Annual report of the Imperial Bacteriologist
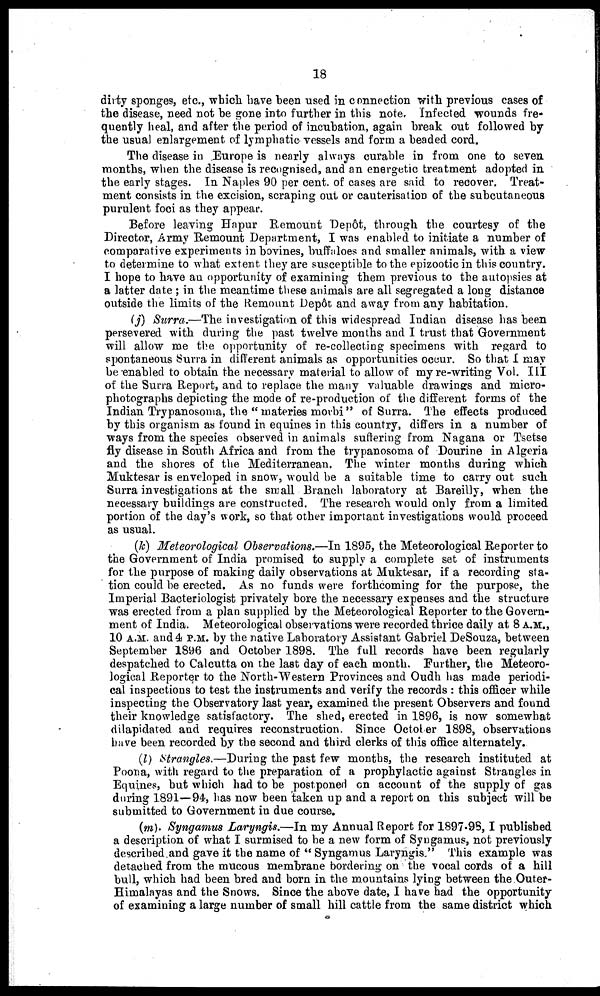
18
dirty sponges, etc., which have been used in connection with previous cases of
the disease, need not be gone into further in this note. Infected wounds fre-
quently heal, and after the period of incubation, again break out followed by
the usual enlargement of lymphatic vessels and form a beaded cord.
The disease in Europe is nearly always curable in from one to seven
months, when the disease is recognised, and an energetic treatment adopted in
the early stages. In Naples 90 per cent. of cases are said to recover. Treat-
ment consists in the excision, scraping out or cauterisation of the subcutaneous
purulent foci as they appear.
Before leaving Hapur Remount Depôt, through the courtesy of the
Director, Army Remount Department, I was enabled to initiate a number of
comparative experiments in bovines, buffaloes and smaller animals, with a view
to determine to what extent they are susceptible to the epizootic in this country.
I hope to have an opportunity of examining them previous to the autopsies at
a latter date ; in the meantime these animals are all segregated a long distance
outside the limits of the Remount Depôt and away from any habitation.
(j) Surra.—The investigation of this widespread Indian disease has been
persevered with during the past twelve months and I trust that Government
will allow me the opportunity of re-collecting specimens with regard to
spontaneous Surra in different animals as opportunities occur. So that I may
be enabled to obtain the necessary material to allow of my re-writing Vol. III
of the Surra Report, and to replace the many valuable drawings and micro-
photographs depicting the mode of re-production of the different forms of the
Indian Trypanosoma, the "materies morbi" of Surra. The effects produced
by this organism as found in equines in this country, differs in a number of
ways from the species observed in animals suffering from Nagana or Tsetse
fly disease in South Africa and from the trypanosoma of Dourine in Algeria
and the shores of the Mediterranean. The winter months during which
Muktesar is enveloped in snow, would be a suitable time to carry out such
Surra investigations at the small Branch laboratory at Bareilly, when the
necessary buildings are constructed. The research would only from a limited
portion of the day's work, so that other important investigations would proceed
as usual.
(k) Meteorological Observations.—In 1895, the Meteorological Reporter to
the Government of India promised to supply a complete set of instruments
for the purpose of making daily observations at Muktesar, if a recording sta-
tion could be erected. As no funds were forthcoming for the purpose, the
Imperial Bacteriologist privately bore the necessary expenses and the structure
was erected from a plan supplied by the Meteorological Reporter to the Govern-
ment of India. Meteorological observations were recorded thrice daily at 8 A.M.,
10 A.M. and 4 P.M. by the native Laboratory Assistant Gabriel DeSouza, between
September 1896 and October 1898. The full records have been regularly
despatched to Calcutta on the last day of each month. Further, the Meteoro-
logical Reporter to the North-Western Provinces and Oudh has made periodi-
cal inspections to test the instruments and verify the records : this officer while
inspecting the Observatory last year, examined the present Observers and found
their knowledge satisfactory. The shed, erected in 1896, is now somewhat
dilapidated and requires reconstruction. Since October 1898, observations
have been recorded by the second and third clerks of this office alternately.
(l) Strangles.—During the past few months, the research instituted at
Poona, with regard to the preparation of a prophylactic against Strangles in
Equines, but which had to be postponed on account of the supply of gas
during 1891—94, has now been taken up and a report on this subject will be
submitted to Government in due course.
(m). Syngamus Laryngis.—In my Annual Report for 1897-98, I published
a description of what I surmised to be a new form of Syngamus, not previously
described and gave it the name of " Syngamus Laryngis " This example was
detached from the mucous membrane bordering on the vocal cords of a hill
bull, which had been bred and born in the mountains lying between the Outer-
Himalayas and the Snows. Since the above date, I have had the opportunity
of examining a large number of small hill cattle from the same district which